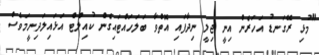
"މުޅި ރޭގަނޑު އަހަރެން އިނީ ޖިލީ ނިދާފައި އޮތްވާ ބަލަހައްޓައިގެން ކުއިލްޓް އަޅައިލަދިނީމަވެސް